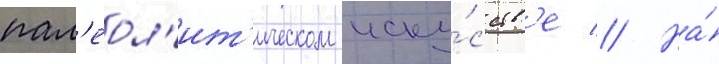
пал'еол'ит'ическом иску́сств'е // На́